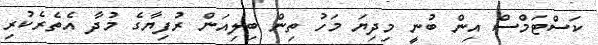
ކަސްޓަމްސް އިން ބުނީ މިދިޔަ މަހު ތިން ބިލިއަން ރުފިޔާގެ މުދާ އެތެރެކުރި